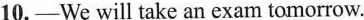
10.——We will take an exam tomorrow.